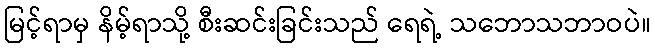
မြင့်ရာမှ နိမ့်ရာသို့ စီးဆင်းခြင်းသည် ရေရဲ့ သဘောသဘာဝပဲ။